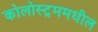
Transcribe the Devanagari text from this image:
कोलोस्ट्रममधील